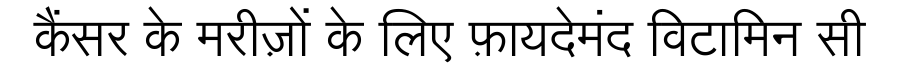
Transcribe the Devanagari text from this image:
कैंसर के मरीज़ों के लिए फ़ायदेमंद विटामिन सी